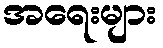
အရေးများ